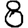
Digit: 8